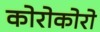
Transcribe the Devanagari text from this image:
कोरोकोरो